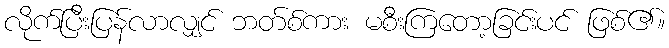
လိုက်ပြီးပြန်လာလျှင် ဘတ်စ်ကား မစီးကြတော့ခြင်းပင် ဖြစ်၏။